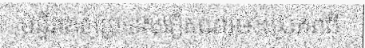
មន្ទីរពេទ្យប្រទេសវៀតណាម។ប្រភពពី